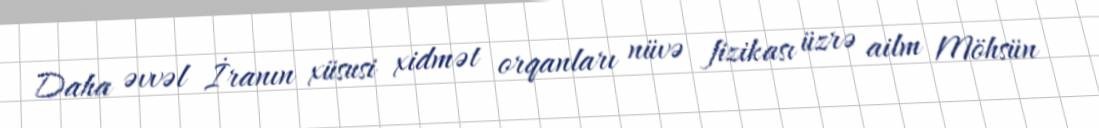
Daha əvvəl İranın xüsusi xidmət orqanları nüvə fizikası üzrə ailm Möhsün